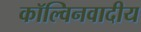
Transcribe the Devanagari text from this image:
कॉल्विनवादीय